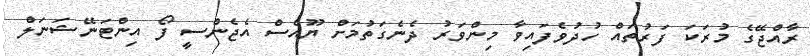
ރާއްޖޭގެ މުރަކަ ފަރުތައް ހުދުވެފައިވާ މިންވަރު ދެނެގަތުމަށް ޔޫއެސް އެޖެންސީ ފޯ އިންޓަނޭޝަނަލް